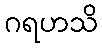
ဂရဟသိ